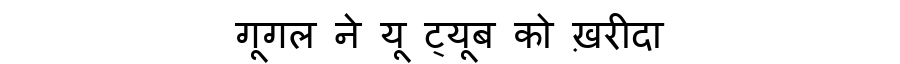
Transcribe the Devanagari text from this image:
गूगल ने यू ट्यूब को ख़रीदा